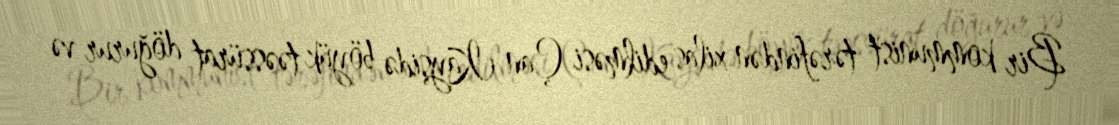
Bir kommunist tərəfindən xilas edilməsi Çan Kayşidə böyük təəssürat döğurur və